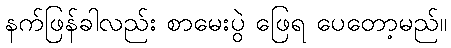
နက်ဖြန်ခါလည်း စာမေးပွဲ ဖြေရ ပေတော့မည်။